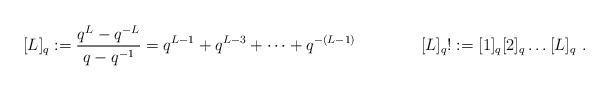
LaTeX: \begin{align*}[L]_q:=\frac{q^L-q^{-L}}{q-q^{-1}}=q^{L-1}+q^{L-3}+\dots+q^{-(L-1)}\ \ \ \ \ \ \ \ \ \ \ \ [L]_q!:=[1]_q[2]_q\dots[L]_q\ .\end{align*}